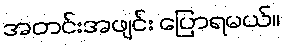
အတင်းအဖျင်း ပြောရမယ်။